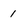
Character: 1